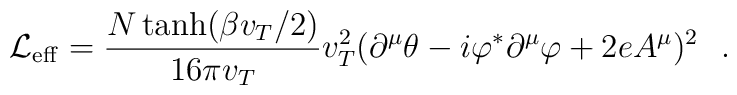
{\cal L}_{\rm eff} = \frac{N \tanh (\beta v_T/2)}{16 \pi v_T} v^2_T(\partial^\mu \theta - i \varphi^* \partial^\mu \varphi + 2eA^\mu)^2\, \, \, \, .